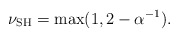
\begin{align*} \nu_{\mathrm{SH}}=\max(1,2-\alpha^{-1}).\end{align*}